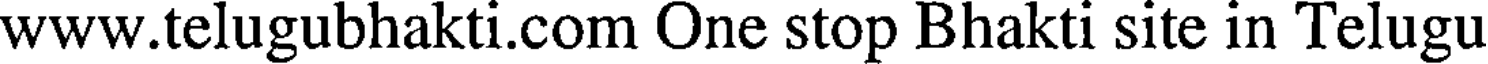
www.telugubhakti.com One stop Bhakti site in Telugu